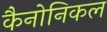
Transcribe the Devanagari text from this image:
कैनोनिकल